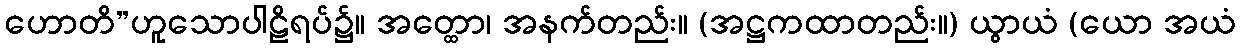
ဟောတိ”ဟူသောပါဠိရပ်၌။ အတ္ထော၊ အနက်တည်း။ (အဋ္ဌကထာတည်း။) ယွာယံ (ယော အယံ